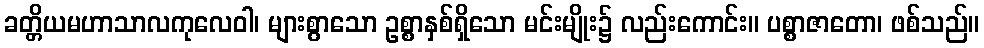
ခတ္တိယမဟာသာလကုလေဝါ၊ များစွာသော ဥစ္စာနှစ်ရှိသော မင်းမျိုး၌ လည်းကောင်း။ ပစ္စာဇာတော၊ ဖစ်သည်။